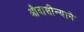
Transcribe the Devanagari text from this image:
औदासीन्याने